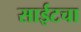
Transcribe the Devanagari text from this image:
साईटचा